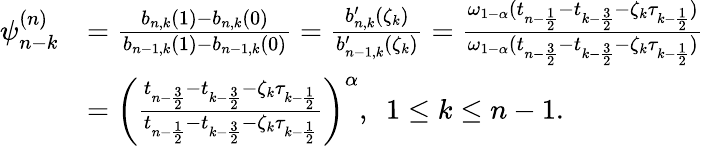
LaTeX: \begin{array}{rl}{\psi_{n-k}^{(n)}}&{=\frac{b_{n,k}(1)-b_{n,k}(0)}{b_{n-1,k}(1)-b_{n-1,k}(0)}=\frac{b_{n,k}^{\prime}(\zeta_{k})}{b_{n-1,k}^{\prime}(\zeta_{k})}=\frac{\omega_{1-\alpha}(t_{n-\frac{1}{2}}-t_{k-\frac{3}{2}}-\zeta_{k}\tau_{k-\frac{1}{2}})}{\omega_{1-\alpha}(t_{n-\frac{3}{2}}-t_{k-\frac{3}{2}}-\zeta_{k}\tau_{k-\frac{1}{2}})}}\\ &{=\left(\frac{t_{n-\frac{3}{2}}-t_{k-\frac{3}{2}}-\zeta_{k}\tau_{k-\frac{1}{2}}}{t_{n-\frac{1}{2}}-t_{k-\frac{3}{2}}-\zeta_{k}\tau_{k-\frac{1}{2}}}\right)^{\alpha},~~1\le k\le n-1.}\end{array}